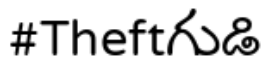
#Theftగుడి